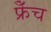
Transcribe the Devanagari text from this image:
फ्रेँच